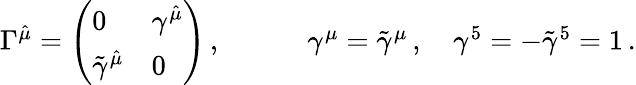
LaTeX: \begin{array}{ccc}{{\Gamma^{\hat{\mu}}=\left(\begin{array}{ll}{{0}}&{{\gamma^{\hat{\mu}}}}\\ {{\tilde{\gamma}^{\hat{\mu}}}}&{{0}}\end{array}\right)\, ,~~~~}}&{{~~~~\gamma^{\mu}=\tilde{\gamma}^{\mu}\, ,~~~~\gamma^{5}=-\tilde{\gamma}^{5}=1\, .}}\end{array}